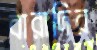
বারাদির